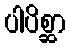
ပါပိစ္ဆာ